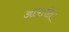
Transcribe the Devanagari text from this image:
आपत्तीत